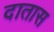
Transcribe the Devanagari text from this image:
दातास